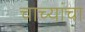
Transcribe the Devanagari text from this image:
चाच्यांचा